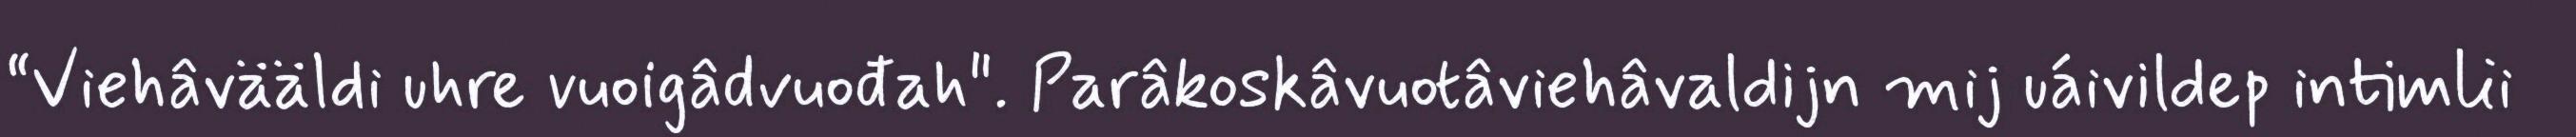
“Viehâvääldi uhre vuoigâdvuođah". Parâkoskâvuotâviehâvaldijn mij uáivildep intimlii